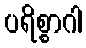
ပရိစ္စာဂါ